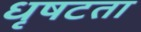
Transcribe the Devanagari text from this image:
धृषटता